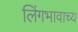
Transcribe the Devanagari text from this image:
लिंगभावाच्य